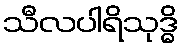
သီလပါရိသုဒ္ဓိ